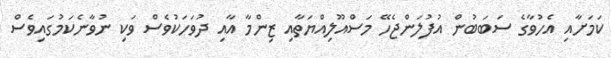
ކަމަށާއި އެހުވާގެ ސަބަބުން އުފުލަންޖެހޭ މަސްއޫލިއްޔަތާއި ޒިންމާ އާއި ދުވަހަކުވެސް ވަކި ނުވާނެކަމުގައިވެސް